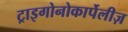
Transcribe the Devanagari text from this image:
ट्राइगोनोकार्पेलीज़